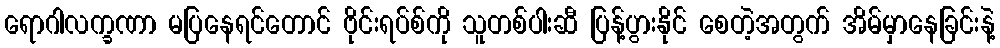
ရောဂါလက္ခဏာ မပြနေရင်တောင် ဗိုင်းရပ်စ်ကို သူတစ်ပါးဆီ ပြန့်ပွားနိုင် စေတဲ့အတွက် အိမ်မှာနေခြင်းနဲ့